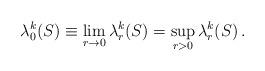
LaTeX: \begin{align*}\lambda^k_0(S)\equiv \lim_{r\to 0} \lambda^k_r(S)=\sup_{r>0}\lambda^k_r(S)\, .\end{align*}